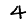
Digit: 4